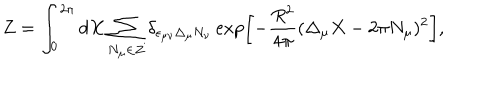
Z = \int _ { 0 } ^ { 2 \pi } d X \sum _ { N _ { \mu } \in Z } \delta _ { \epsilon _ { \mu \nu } \Delta _ { \mu } N _ { \nu } } \exp \left[ - \frac { R ^ { 2 } } { 4 \pi } ( \Delta _ { \mu } X - 2 \pi N _ { \mu } ) ^ { 2 } \right] ,